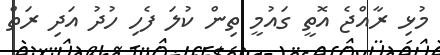
މުޅި ރާއްޖެ އޮތީ ގައުމީ ތިން ކުލަ ފެހި ހުދު އަދި ރަތް